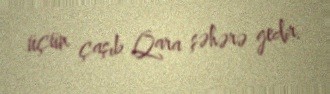
üçün çaşıb Qara şəhərə gedir.